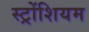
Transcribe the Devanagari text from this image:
स्ट्रोंशियम